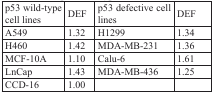
<table><thead><tr><td><b>p53 wild-type cell lines</b></td><td><b>DEF</b></td><td><b>p53 defective cell lines</b></td><td><b>DEF</b></td></tr></thead><tbody><tr><td>A549</td><td>1.32</td><td>H1299</td><td>1.34</td></tr><tr><td>H460</td><td>1.42</td><td>MDA-MB-231</td><td>1.36</td></tr><tr><td>MCF-10A</td><td>1.10</td><td>Calu-6</td><td>1.61</td></tr><tr><td>LnCap</td><td>1.43</td><td>MDA-MB-436</td><td>1.25</td></tr><tr><td>CCD-16</td><td>1.00</td><td></td><td></td></tr></tbody></table>